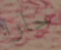
حارا